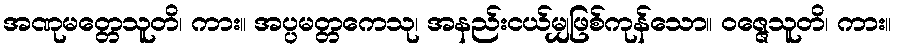
အဏုမတ္တေသူတိ၊ ကား။ အပ္ပမတ္တကေသု၊ အနည်းငယ်မျှဖြစ်ကုန်သော။ ဝဇ္ဇေသူတိ၊ ကား။